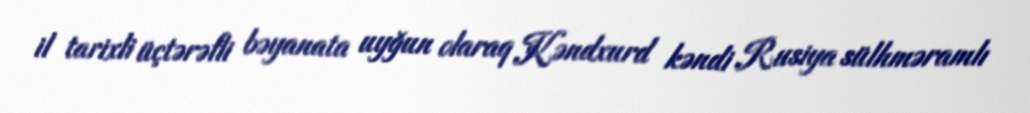
il tarixli üçtərəfli bəyanata uyğun olaraq Kəndxurd kəndi Rusiya sülhməramlı